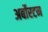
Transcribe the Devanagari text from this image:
अर्बोरटम